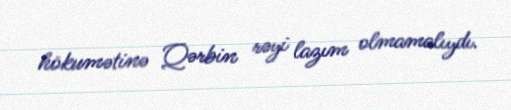
hökumətinə Qərbin rəyi lazım olmamalıydı.